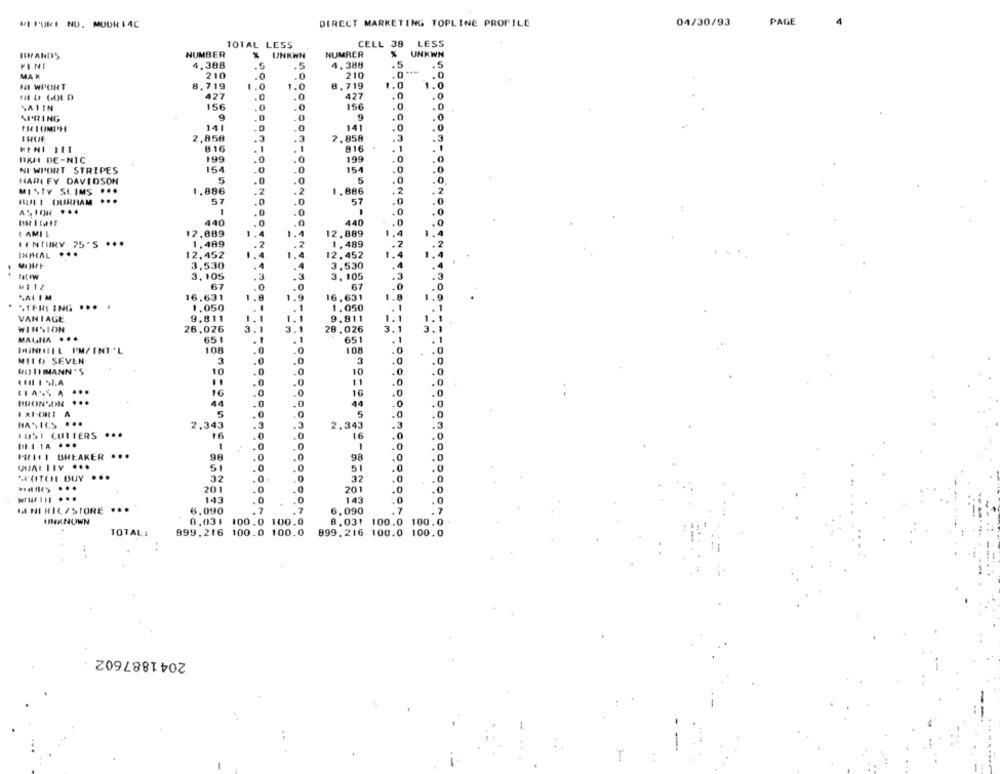
MI PURE NO. MODR 14C
DIRECT MARKETING TOPLINE PROFILE
04/30/93
PAGE
4
TOTAL LESS
CELL 38
LESS
BRANDS
NUMBER
UNKWN
NUMBER
UNKWN
.5
FINI
4.388
4.389
.5
MAX
210
210
.0
HI WPORT
8,719
1.0
8,719
1.0
1.0
427
.0
427
.0
.0
SATIN
156
.0
.0
156
.0
.0
SPRING
9
.0
9
.0
.
141
.0
.0
141
.0
ERUF
2,858
.3
.3
2.858
.3
MENI 111
816
916
.1
. 1
DRAI DE-NIC
199
.0
.0
199
.0
NI WPORT STRIPES
154
.0
.0
154
.0
HARI FY DAVIDSON
5
.0
.0
5
MISTY SLIMS ...
1.886
.2
.2
1.886
2
2
BUM I DURHAM
57
-
57
0
1
440
440
I AMIL
12,889
12.889
CENTURY 25'S ***
1.489
1.489
INIHAL
..
12,452
12.452
3,530
3,530
tat ow
3,105
3. 105
67
67
.0
SAL FM
16.631
16,631
STERI ING ... .
1.050
1.050
VANIAGE
9.811
9.811
WINSTON
26,026
28.026
MAGNA ...
651
651
WINFIEL PM/INT 'L
108
.0
108
0
MILD SEVEN
3
0
0
HO IIMANN 'S
10
.0
10
0
0
.0
11
O
0
...
.0
0
16
0
44
.0
44
.0
A
5
.0
0
5
BASICS
2,343
.3
.3
2.343
3
1051 CULIERS ...
.0
16
16
.0
.0
1
.0
.0
PRICE BREAKER ...
98
98
.0
.0
CHARITY ...
5
.0
.0
51
.0
.CITENE BUY ...
32
0
32
0
201
.0
201
.0
.0
143
.0
143
.0
M NI RIL/STORE
...
6.090
7
6,090
.7
.7
UNKNOWN
8.031 100.0 100.0
8.031 100.0 100.0
ODONO
TOTAL:
999.216 100.0 100.0
899.216 100.0 100.0
..
--
2041887602
T